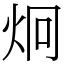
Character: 炯